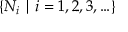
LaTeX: \{ N _ { i } \mid i = 1 , 2 , 3 , \ldots \}